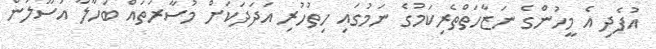
އުފެދި އެ މީހުންގެ ނަޒާހަތްތެރިކަމުގެ ނަމުގައި ހިތުހުރި އަދަދަކަށް މުސާރަތައް ބަހާލާ އުސޫލުން